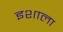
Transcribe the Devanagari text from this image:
इशाला